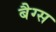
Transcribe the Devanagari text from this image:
बैग्‍स